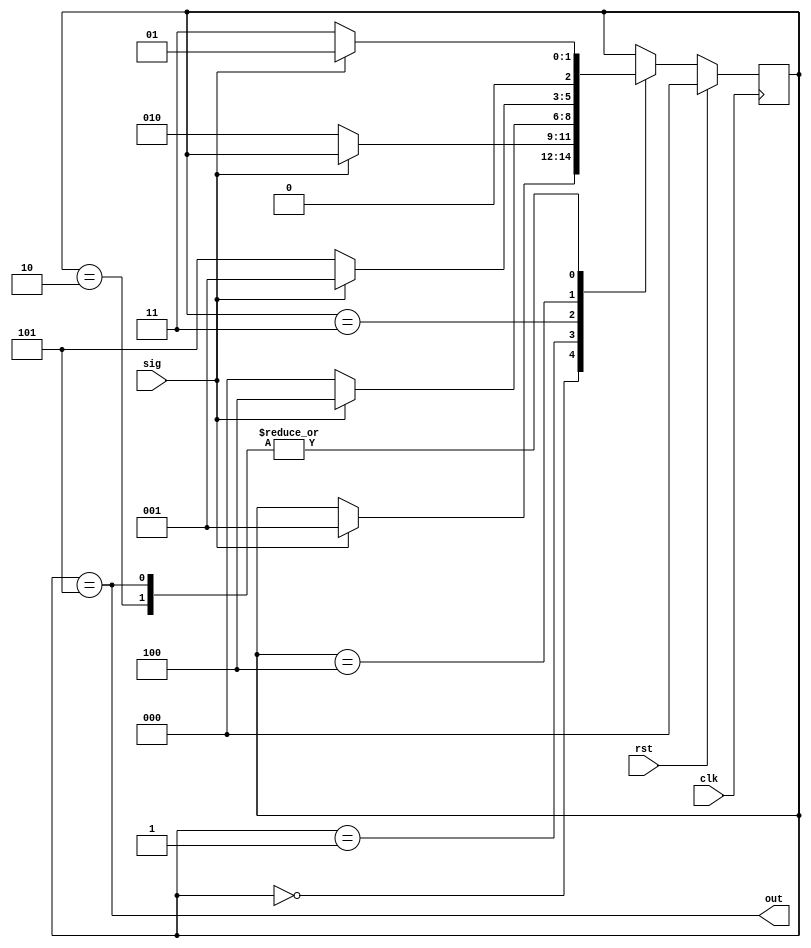
module pattern (input clk, input rst, input sig, output out);

localparam	S0 = 3'd0;
localparam	S1 = 3'd1;
localparam	S2 = 3'd2;
localparam	S4 = 3'd3;
localparam	S9 = 3'd4;
localparam	S18 = 3'd5;

reg [2:0] CurrentState;
reg [2:0] NextState;

assign out = (CurrentState == S18);

always @(posedge clk) begin
	if (rst) begin
		CurrentState <= S0;
	end else begin
		CurrentState <= NextState;
	end
end

always @(*) begin
	NextState = CurrentState;
	case (CurrentState)
		S0: begin
			if (sig == 1'b1) NextState = S1;
		end
		S1: begin
			if (sig == 1'b0) NextState = S2;
		end
		S2: begin
			if (sig == 1'b0) NextState = S4;
			else NextState = S1;
		end
		S4: begin
			if (sig == 1'b1) NextState = S9;
			else NextState = S0;
		end
		S9: begin
			if (sig == 1'b0) NextState = S18;
			else NextState = S1;
		end
		S18: begin
			if (sig == 1'b1) NextState = S1;
			else NextState = S4;
		end
	endcase
end
endmodule